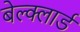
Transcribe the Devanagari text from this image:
बेल्क्लार्ड